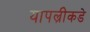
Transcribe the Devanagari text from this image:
यापल्रीकडे